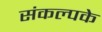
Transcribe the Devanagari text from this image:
संकल्पके